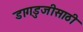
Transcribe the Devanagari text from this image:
डागडुजीसाठी